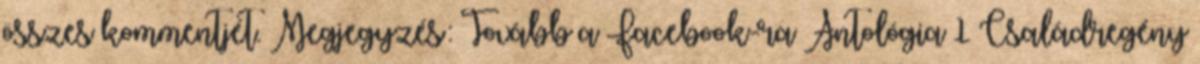
összes kommentjét. Megjegyzés: Tovább a Facebook-ra Antológia 1 Családregény